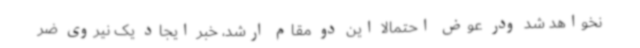
نخواهد شد ودر عوض احتمالا این دو مقام ارشد، خبر ایجاد یک نیروی ضر